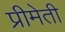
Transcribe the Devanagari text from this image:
प्रीमेती